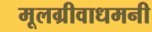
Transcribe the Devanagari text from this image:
मूलग्रीवाधमनी